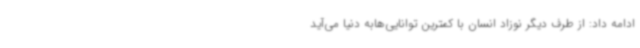
ادامه داد: از طرف دیگر نوزاد انسان با کمترین توانایی‌هابه دنیا می‌آید